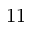
1 1